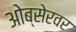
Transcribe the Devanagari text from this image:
ओब्सेरवर